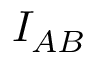
I _ { A B }